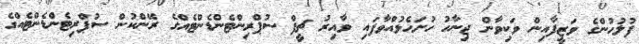
ފުލުހުންގެ ވަޒީފާއިން ވަކިވާން ޖިނާހު ހުށަހެޅުއްވާފައި ވާއިރު ޗީފް ސުޕްރިންޓެންޑެންޓެއްގެ ރޭންކުން ސުޕްރިޓެންޑެންޓެއްގެ